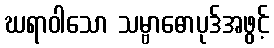
ဃရာဝါသော သမ္ဗာဓောပုဒ်အဖွင့်